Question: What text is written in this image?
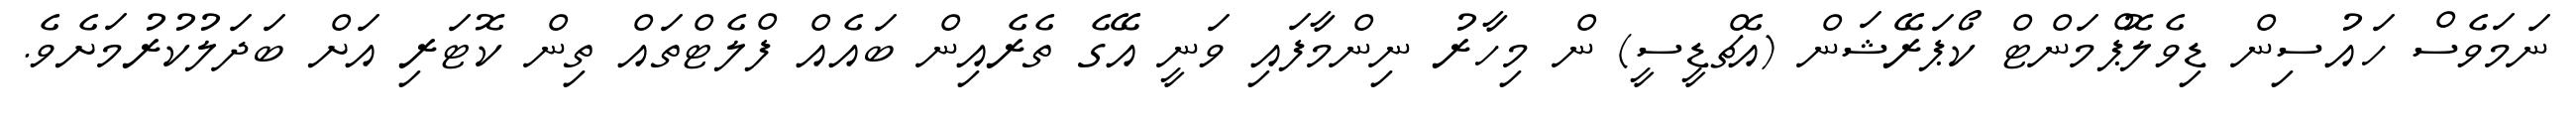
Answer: ނަމަވެސް ހައުސިން ޑިވެލޮޕްމަންޓް ކޯޕަރޭޝަން (އެޗްޑީސީ) ން މިހާރު ނިންމާފައި ވަނީ އޭގެ ތެރެއިން ބައެއް ފްލެޓްތައް ތިން ކޮޓަރި އަށް ބަދަލުކުރުމަށެވެ.